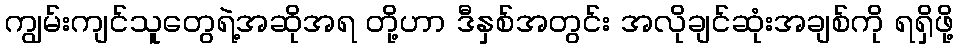
ကျွမ်းကျင်သူတွေရဲ့အဆိုအရ တို့ဟာ ဒီနှစ်အတွင်း အလိုချင်ဆုံးအချစ်ကို ရရှိဖို့